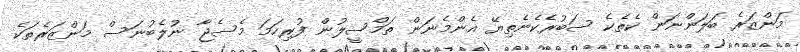
މަންޒަރެ ބަލަންނަން ކެތެކެ ސަބުރެކެނެތިޔޭ އެންމެނަން ތަމްސީލުން ފުރިހަމަ މެސެޖާ ނުލެބުނަސް މަންޒަރެތަކެ